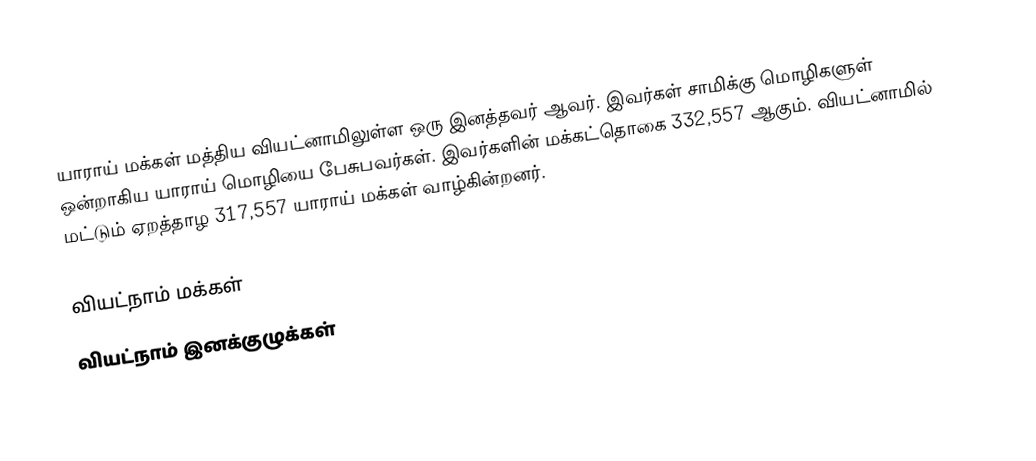
யாராய் மக்கள் மத்திய வியட்னாமிலுள்ள ஒரு இனத்தவர் ஆவர். இவர்கள் சாமிக்கு மொழிகளுள் ஒன்றாகிய யாராய் மொழியை பேசுபவர்கள். இவர்களின் மக்கட்தொகை 332,557 ஆகும். வியட்னாமில் மட்டும் ஏறத்தாழ 317,557 யாராய் மக்கள் வாழ்கின்றனர்.

வியட்நாம் மக்கள்
வியட்நாம் இனக்குழுக்கள்